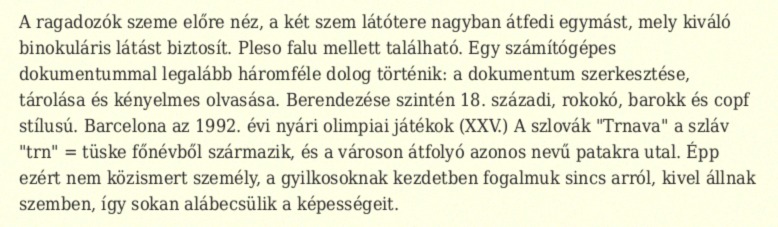
A ragadozók szeme előre néz, a két szem látótere nagyban átfedi egymást, mely kiváló binokuláris látást biztosít. Pleso falu mellett található. Egy számítógépes dokumentummal legalább háromféle dolog történik: a dokumentum szerkesztése, tárolása és kényelmes olvasása. Berendezése szintén 18. századi, rokokó, barokk és copf stílusú. Barcelona az 1992. évi nyári olimpiai játékok (XXV.) A szlovák "Trnava" a szláv "trn" = tüske főnévből származik, és a városon átfolyó azonos nevű patakra utal. Épp ezért nem közismert személy, a gyilkosoknak kezdetben fogalmuk sincs arról, kivel állnak szemben, így sokan alábecsülik a képességeit.